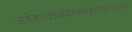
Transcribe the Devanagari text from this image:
अनेकवक्त्रनयनमनेकाद्भुतदर्शनम्‌।